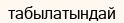
табылатындай